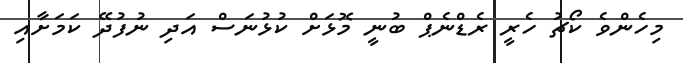
މިހެންވެ ކޯޗު ހެރީ ރެޑްނެޕް ބުނީ މޮޅަށް ކުޅުނަސް އަދި ނުފުދޭ ކަމަށާއި